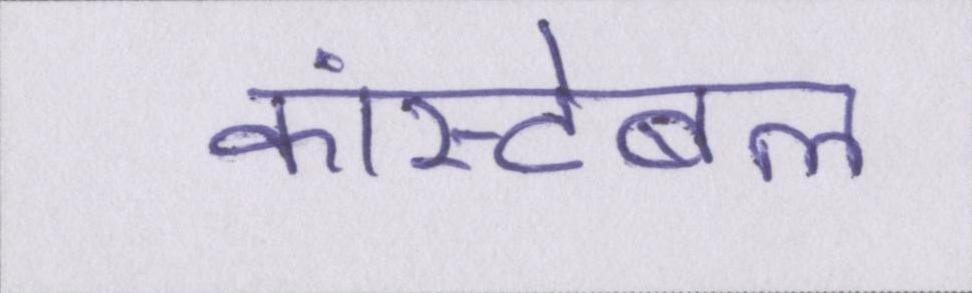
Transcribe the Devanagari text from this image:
कांस्टेबल